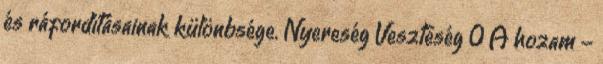
és ráfordításainak különbsége. Nyereség Veszteség 0 A hozam -